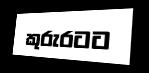
කුරුරටට